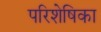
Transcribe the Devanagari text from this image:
परिशेषिका